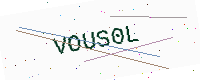
Text: VOUS0L